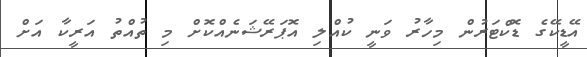
އޭޑީކޭގެ ޑޮކްޓަރުން މިހާރު ވަނީ ކުއްލި އޮޕަރޭޝަނެއްކޮށް މި ތުއްތު އަރީކާ އަށް